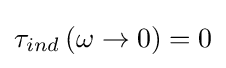
\tau _{ind}\left(\omega \rightarrow 0\right)=0